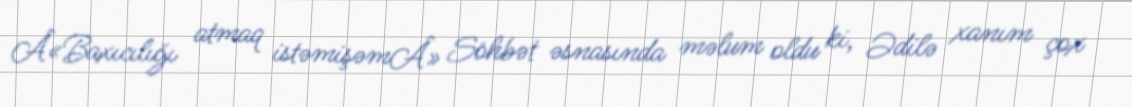
Â«Baxıcılığı atmaq istəmişəmÂ» Söhbət əsnasında məlum oldu ki, Ədilə xanım çox